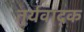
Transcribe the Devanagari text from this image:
तुर्यवाद्क